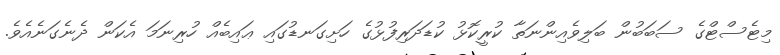
މިޓެސްޓްގެ ސަބަބުން ބަލިވެއިންނަތާ ކުރީކޮޅު ކުޑަދަރިފުޅުގެ ހަށިގަނޑުގައި ޢައިބެއް ހުރިނަމަ އެކަން ދެނެގަނެއެވެ.